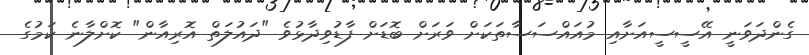
ގެންދަވަނީ އޭސީސީއަށާއި މުއައްސަސާތަކަށް ވަރަށް ބޮޑަށް ފާޑުވިދާޅުވެ "ދައުލަތް އޮރިއާން" ކޮށްލާނެ ކަމުގެ